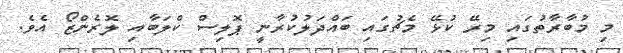
މި މުބާރާތުގައި މިރޭ ކުޅޭ މެޗުގައި ބައްދަލުކުރާނީ ޕޮލިސް ކްލަބާއި ލޮރެންޒޯ އެވެ.